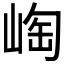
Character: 𱛵